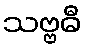
သဗ္ဗဓီ